Vaccine operations Central Provinces 1886-1899 - 1886-1899
Year: 1886
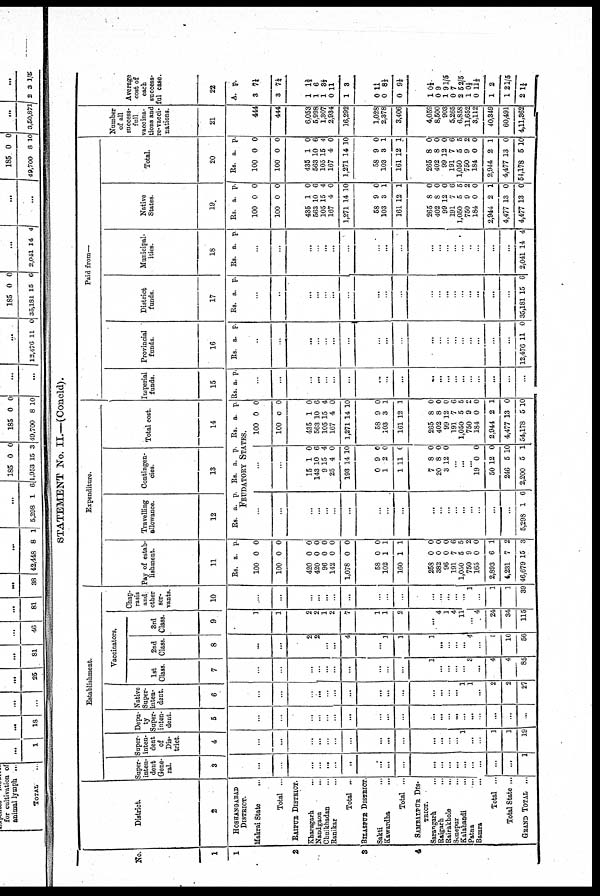
STATEMENT No. II.—(Concld).
No.
1
1
2
3
4
District.
2
HOSHANGABAD
DISTRICT.
Makrai State ...
Total ...
RAIPUR DISTRICT.
Kharagarh ...
Nandgaon ...
Chuikhadan ...
Ranikar
...
Total ..
BILASPUR DISTRICT.
Sakti ...
Kawardha ...
Total ...
SAMBALPUR DIS-
-----.
Sarangarh
...
Raigarh ...
Rairakhole
...
Sonepur ...
Kalahandi
...
Patna
...
Bamra ...
Total ...
Total State ...
GRAND TOTAL ...
Establishment.
Super-
inten-
dent
Gene-
ral.
3
...
...
...
...
...
...
..
...
...
...
...
...
...
...
...
...
...
...
...
1
Super-
inten-
dent
of
Dis-
trict.
4
...
...
...
...
...
...
...
...
...
...
...
...
...
...
1
...
...
1
1
19
Depu-
ty
Super¬
inten-
ded.
5
...
...
...
...
...
...
...
...
...
...
...
...
...
...
...
...
...
...
...
...
Native
Super¬
inten¬
dent.
6
...
...
...
...
...
...
...
...
...
...
...
...
...
...
1
1
...
2
2
27
Vaccinators.
1st
Class.
7
...
...
...
...
...
...
...
...
...
...
1
...
...
...
...
3
...
4
4
85
2nd
Class.
8
...
...
2
2
...
...
4
...
1
1
3
...
...
...
...
4
...
1
10
56
3rd
Class.
9
1
1
2
2
1
2
7
1
1
2
... 4
1
4
11
...
4
24
34
115
Chap¬
rasis
and
other
ser-
vants.
10
...
...
...
...
...
...
...
...
...
...
...
...
...
...
...
1
...
1
1
39
Expenditure.
Pay of estab-
lishment.
11
Rs. a. p.
100
100
0
0
0
0
420
420
96
142
1,078
0
0
0
0
0
0
0
0
0
0
58
102
160
0
1
1
0
1
1
258
382
96
191
1,050
750
165
2,893
4,231
46,679
0
0
0
7
5
9
0
6
7
15
0
0
0
6
5
2
0
1
2
3
Travelling
allowance
12
Rs. a. p.
Contingen-
cies.
13
Rs. a. p.
Total cost.
14
Rs. a. p.
FEUDATORY STATES.
...
...
...
...
...
...
...
...
...
...
...
...
...
...
...
...
...
...
...
5,298 1 6
...
...
15
143
9
25
193
1
10
15
4
14
0
6
4
0
10
0
1
1
9
2
11
0
0
0
7
20
3
8
8
12
0
0
0
...
...
...
19
50
246
2,200
0
12
5
5
0
0
10
1
100
100
0
0
0
0
435
563
105
167
1,271
1
10
15
4
14
0
6
4
0
10
58
103
161
9
3
12
0
1
1
265
402
99
191
1,050
750
184
2,944
4,477
54,178
8
8
12
7
5
9
0
2
13
5
0
0
0
6
5
2
0
1
0
10
Paid from—
Imperial
funds.
15
Rs. a. p.
...
...
...
...
...
...
...
...
...
...
...
...
...
...
...
...
...
...
...
...
Provincial
funds.
16
Rs. a. p.
...
...
...
...
...
...
...
...
...
...
...
...
...
...
...
...
...
...
...
12,476 12 0
District
funds.
17
Rs. a. p.
...
...
...
...
...
...
...
...
...
...
...
...
...
...
...
...
...
...
...
35,181 15 6
Municipal-
ities.
18
Rs. a. p.
...
...
...
...
...
...
...
...
...
...
...
...
...
...
...
...
...
...
...
2,041 14 4
Native
States.
19
Rs. a. p.
100
100
0
0
0
0
435
563
105
167
1,271
1
10
15
4
14
0
6
4
0
10
58
103
161
9
3
12
0
1
1
265
402
99
191
1,050
750
184
2,944
4,477
4,477
8
8
12
7
5
9
0
2
13
13
0
0
0
6
5
2
0
1
0
0
Total.
20
Rs. a. p.
100
100
0
0
0
0
435
563
105
167
1,271
1
10
15
4
14
0
6
4
0
10
58
103
161
9
3
12
0
1
1
265
402
99
191
1,050
750
184
2,944
4,477
54,178
8
8
12
7
5
9
0
2
13
5
0
0
0
6
5
2
0
1
0
10
Number
of all
success¬
full
vaccina-
tions and
re-vacci-
nations.
21
444
444
6,053
5,998
1,307
2,934
16,292
1,028
2,378
3,406
4,059
8,500
903
5,265
6,858
11,652
3,112
40,349
60,491
4,11,362
Average
cost of
each
success-
ful case.
22
A. p.
3
3
7¼
7¼
1
1
1
0
1
1½
6
3½
11
3
0
0
0
11
81/3
91/3
1
0
1
0
2
1
0
1
1
2
0½
9
9 1/5
7
5 2/5
0½
11 1/3
2
2 1/5
1 ½